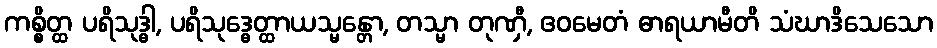
ကစ္စိတ္ထ ပရိသုဒ္ဓါ, ပရိသုဒ္ဓေတ္ထာယသ္မန္တော, တသ္မာ တုဏှီ, ဧဝမေတံ ဓာရယာမီတိ သံဃာဒိသေသော